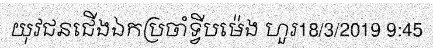
យុវជនជើងឯកប្រចាំទ្វីបម៉េង ហួរ18/3/2019 9:45